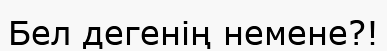
Бел дегенің немене?!